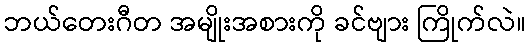
ဘယ်တေးဂီတ အမျိုးအစားကို ခင်ဗျား ကြိုက်လဲ။